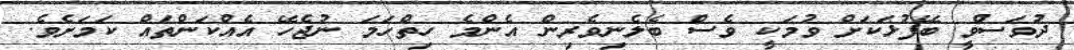
ދުވަސްވީ ބޭފުޅަކަށް ވުމަކީ ވެސް ބެލެނިވެރިން އެންމެ ހިތްހަމަ ނުޖެހޭ އެއްކަންތައް ކަމަށެވެ.